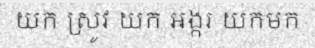
យក ស្រូវ យក អង្ករ យកមក